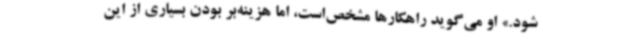
شود.» او می‌گوید راهکارها مشخص‌است، اما هزینه‌بر بودن بسیاری از این